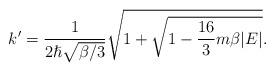
LaTeX: \begin{align*}k'=\frac{1}{2\hslash \sqrt{\beta /3}}\sqrt{1+\sqrt{1-\frac{16}{3}m\beta |E|}}.\end{align*}